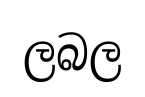
ලබල